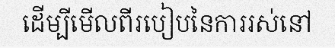
ដើម្បីមើលពីរបៀបនៃការរស់នៅ